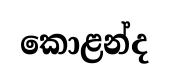
කොළන්ද